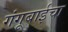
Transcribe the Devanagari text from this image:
गंगूबाईचा